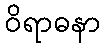
ဝိရာဓနာ